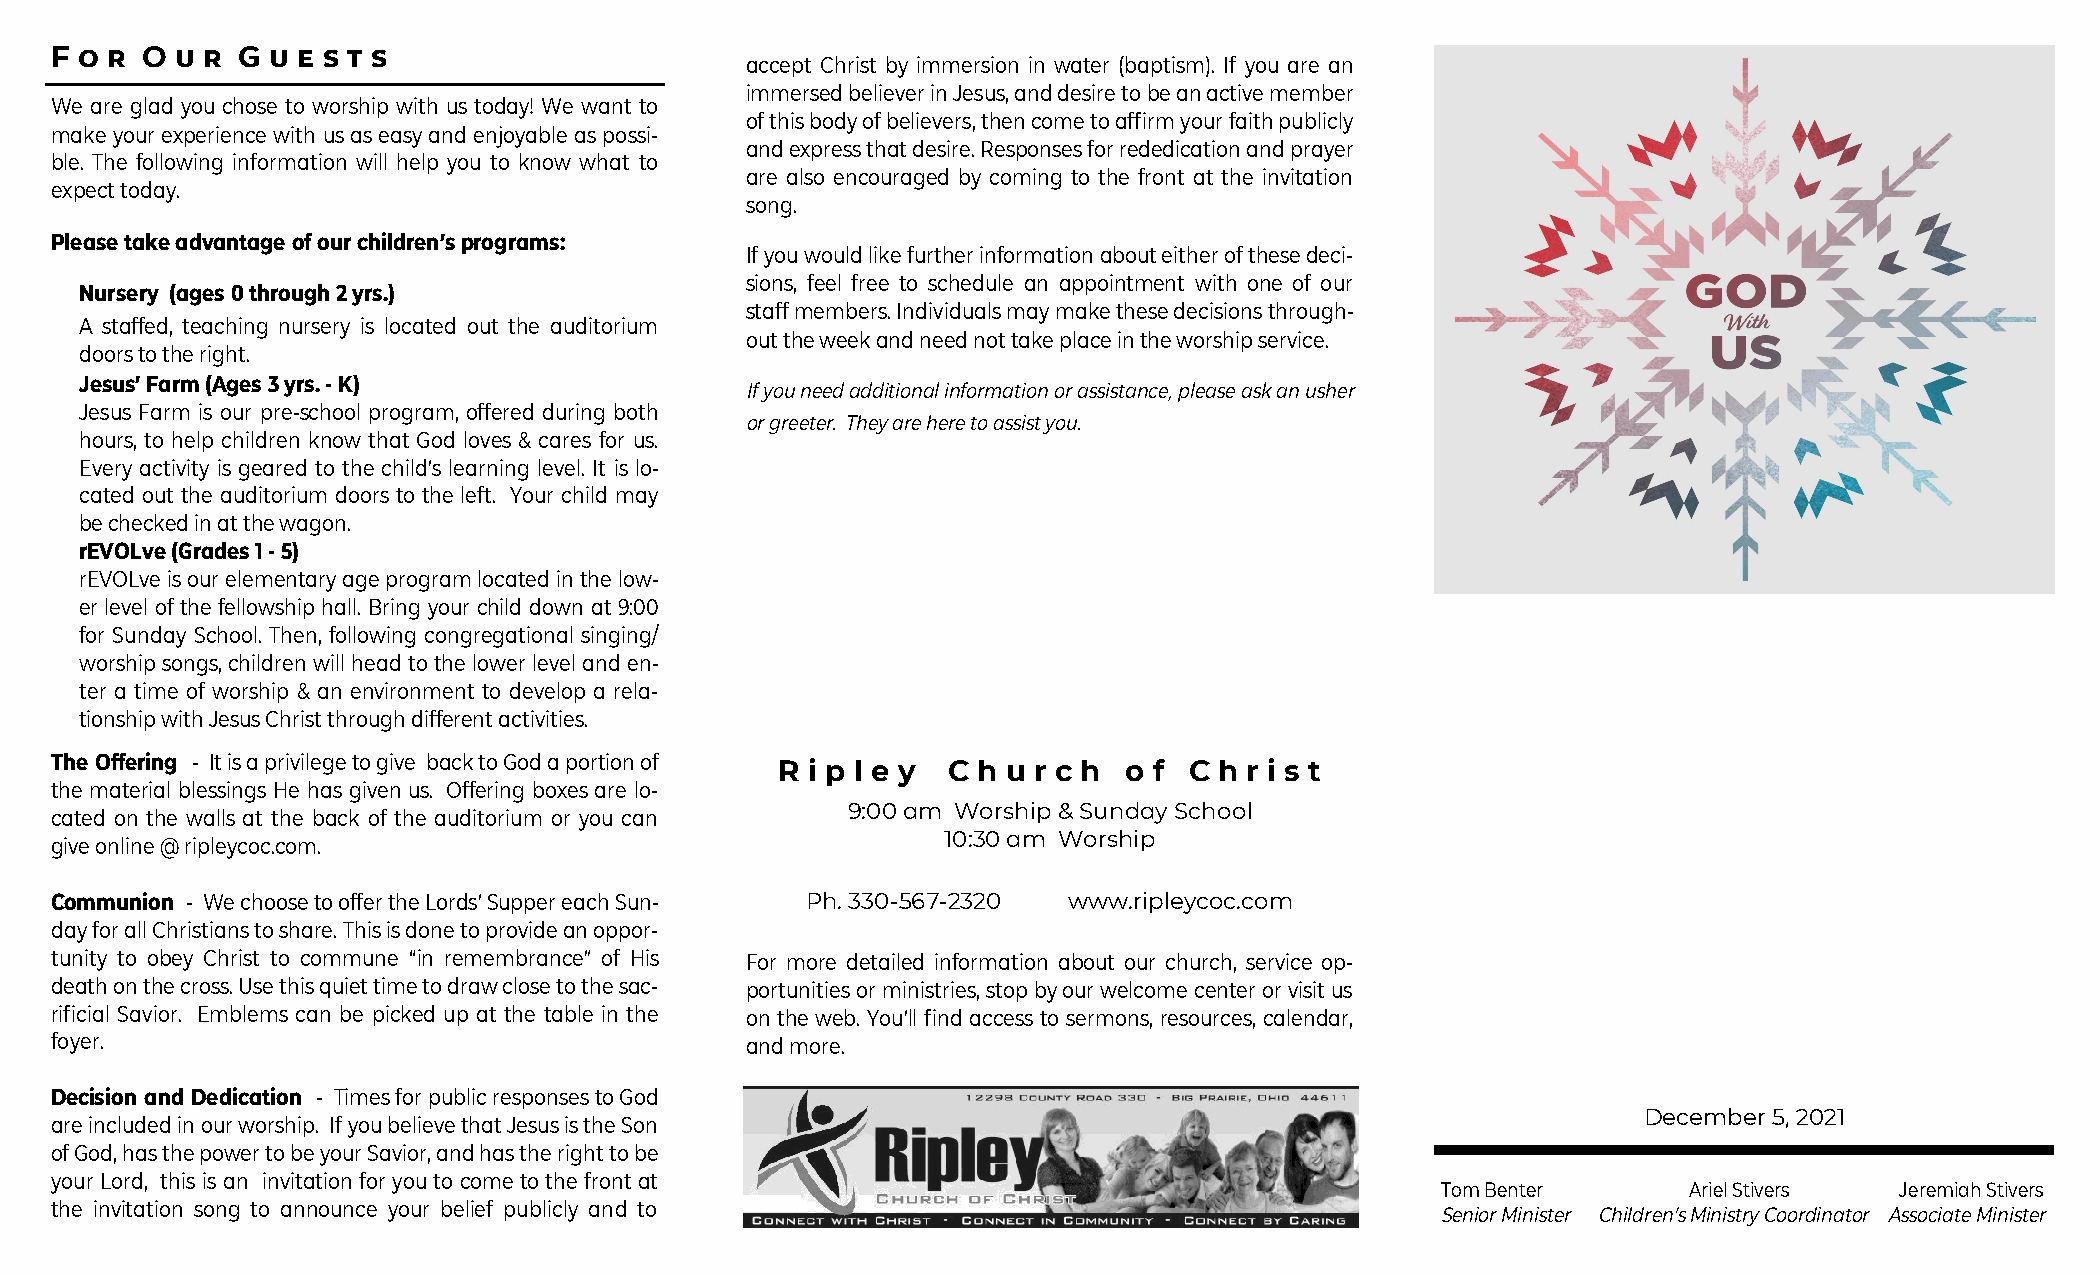
F o r O  u r G u e s t s
 accept Christ by immersion in water (baptism). If you are an
 immersed believer in Jesus, and desire to be an active member
 We are glad you chose to worship with us today! We want to
 of this body of believers, then come to affirm your faith publicly
 make your experience with us as easy and enjoyable as possi-
 and express that desire. Responses for rededication and prayer
 ble. The following information will help you to know what to
 are also encouraged by coming to the front at the invitation
 expect today.
 song.
 Please take advantage of our children’s programs:
 If you would like further information about either of these deci-
 sions, feel free to schedule an appointment with one of our
 Nursery (ages 0 through 2 yrs.)
 staff members. Individuals may make these decisions through-
 A staffed, teaching nursery is located out the auditorium
 out the week and need not take place in the worship service.
 doors to the right.
 Jesus’ Farm (Ages 3 yrs. - K)
 If you need additional information or assistance, please ask an usher
 Jesus Farm is our pre-school program, offered during both
 or greeter. They are here to assist you.
 hours, to help children know that God loves & cares for us.
 Every activity is geared to the child’s learning level. It is lo-
 cated out the auditorium doors to the left. Your child may
 be checked in at the wagon.
 rEVOLve (Grades 1 - 5)
 rEVOLve is our elementary age program located in the low-
 er level of the fellowship hall. Bring your child down at 9:00
 for Sunday School. Then, following congregational singing/
 worship songs, children will head to the lower level and en-
 ter a time of worship & an environment to develop a rela-
 tionship with Jesus Christ through different activities.
 The Offering - It is a privilege to give back to God a portion of R i p l e y C h u r c h o f C h r i s t
 the material blessings He has given us. Offering boxes are lo-
 cated on the walls at the back of the auditorium or you can
 9:00 am Worship & Sunday School
 give online @ ripleycoc.com.
 10:30 am Worship
 Communion - We choose to offer the Lords’ Supper each Sun- Ph. 330-567-2320 www.ripleycoc.com
 day for all Christians to share. This is done to provide an oppor-
 tunity to obey Christ to commune “in remembrance” of His For more detailed information about our church, service op-
 death on the cross. Use this quiet time to draw close to the sac- portunities or ministries, stop by our welcome center or visit us
 rificial Savior. Emblems can be picked up at the table in the on the web. You’ll find access to sermons, resources, calendar,
 foyer.                                        and more.
 Decision and Dedication - Times for public responses to God
 December 5, 2021
 are included in our worship. If you believe that Jesus is the Son
 of God, has the power to be your Savior, and has the right to be
 your Lord, this is an invitation for you to come to the front at
 Tom Benter       Ariel Stivers Jeremiah Stivers
 the invitation song to announce your belief publicly and to
 Senior Minister Children’s Ministry Coordinator Associate Minister